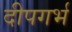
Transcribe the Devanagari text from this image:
दीपगर्भ